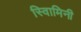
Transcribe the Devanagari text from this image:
स्वािमिनी